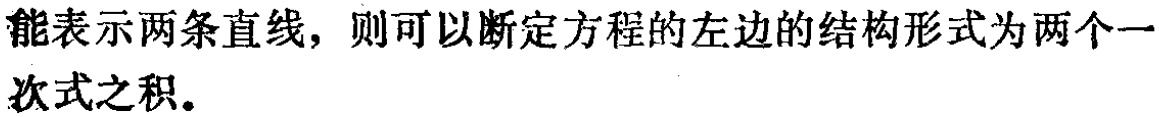
能表示两条直线，则可以断定方程的左边的结构形式为两个一次式之积。